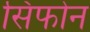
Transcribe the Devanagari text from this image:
सिफोन